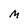
Character: M